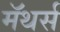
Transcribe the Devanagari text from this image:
मॅथर्स